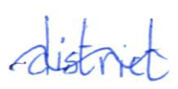
Text: district
Cross-out: mix
Writing tool: ballpoint